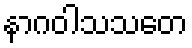
နာဂဝါသသတေ